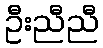
ဦးညီညီ